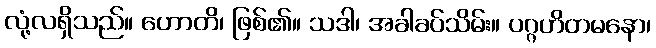
လုံ့လရှိသည်။ ဟောတိ၊ ဖြစ်၏။ သဒါ၊ အခါခပ်သိမ်း။ ပဂ္ဂဟိတမနော၊